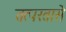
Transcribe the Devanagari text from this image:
तत्परतासे